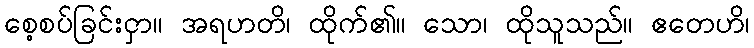
စေ့စပ်ခြင်းငှာ။ အရဟတိ၊ ထိုက်၏။ သော၊ ထိုသူသည်။ ဧတေဟိ၊